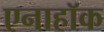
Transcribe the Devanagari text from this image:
एनाहॉक